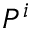
P ^ { i }